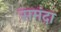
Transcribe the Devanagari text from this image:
समंदा